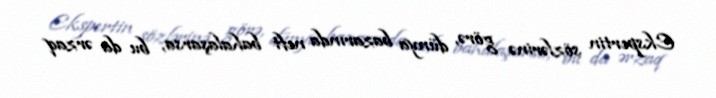
Ekspertin sözlərinə görə, dünya bazarında neft bahalaşarsa, bu da ərzaq